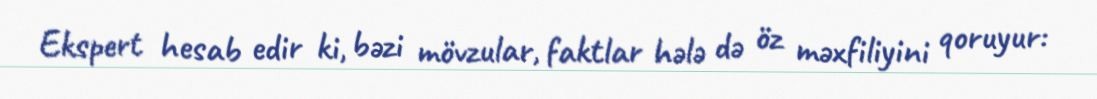
Ekspert hesab edir ki, bəzi mövzular, faktlar hələ də öz məxfiliyini qoruyur: